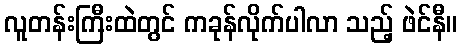
လူတန်းကြီးထဲတွင် ကခုန်လိုက်ပါလာ သည့် ဖဲင်နီ။